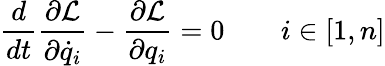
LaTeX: \frac{d}{dt}\frac{\partial\mathcal{L}}{\partial\dot{q}_{i}}-\frac{\partial\mathcal{L}}{\partial q_{i}}=0\qquad i\in[1,n]